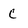
Character: c